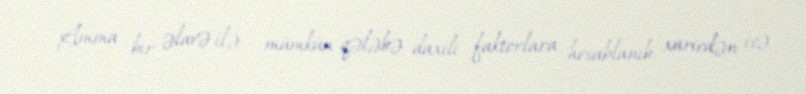
Amma bir əlavə ilə : mümkün qələbə daxili faktorlara hesablanıb, xaricdən isə